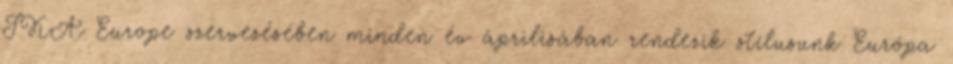
JKA Europe szervezésében minden év áprilisában rendezik stílusunk Európa